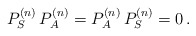
\begin{align*}P_S^{(n)} \, P_A^{(n)}=P_A^{(n)} \, P_S^{(n)}=0\,.\end{align*}